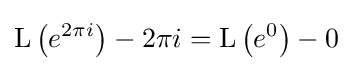
\operatorname {L} \left(e^{2\pi i}\right)-2\pi i=\operatorname {L} \left(e^{0}\right)-0